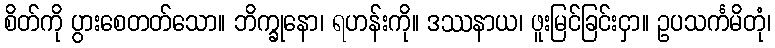
စိတ်ကို ပွားစေတတ်သော။ ဘိက္ခုနော၊ ရဟန်းကို။ ဒဿနာယ၊ ဖူးမြင်ခြင်းငှာ။ ဥပသင်္ကမိတုံ၊